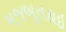
મજબૂતકાઇ